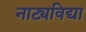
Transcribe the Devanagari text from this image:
नाट्यविद्या